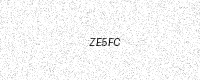
Text: ZE5FC